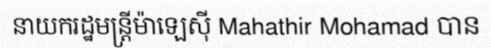
នាយករដ្ឋមន្ត្រីម៉ាឡេស៊ី Mahathir Mohamad បាន